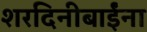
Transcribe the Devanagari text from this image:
शरदिनीबाईंना